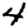
Digit: 4